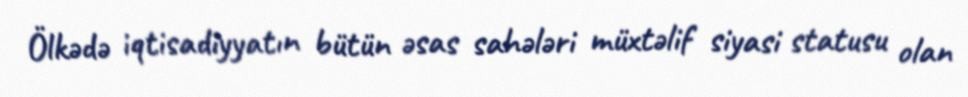
Ölkədə iqtisadiyyatın bütün əsas sahələri müxtəlif siyasi statusu olan